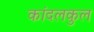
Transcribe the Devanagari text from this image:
कांदलकुल